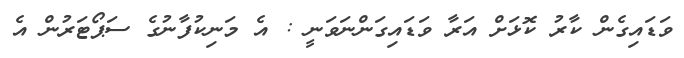
ވަޑައިގެން ކާރު ކޮޅަށް އަރާ ވަޑައިގަންނަވަނީ : އެ މަނިކުފާނުގެ ސަޕޯޓަރުން އެ